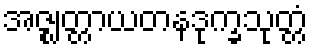
အဇ္ဈတ္တာယတနဒုက္ခသုတ္တံ